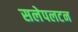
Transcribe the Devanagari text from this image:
सलेपलटन